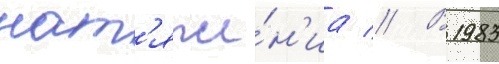
нат'яже́н'иа // В 1983